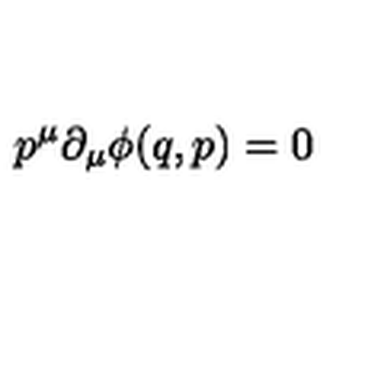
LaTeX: p ^ { \mu } \partial _ { \mu } \phi ( q , p ) = 0